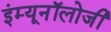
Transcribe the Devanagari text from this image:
इंम्यूनॉलोजी